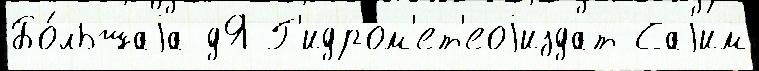
Бо́льшаjа дЯ Г'идром'ет'еоjиздат Саjим